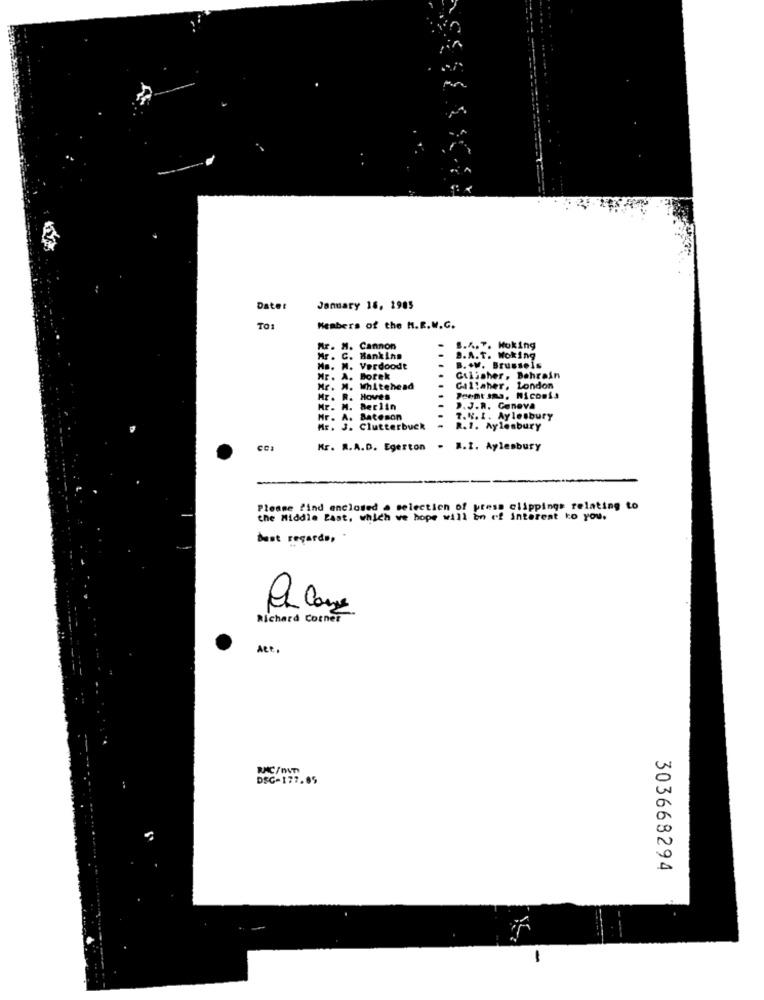
Date:
January 16, 1985
TO
Members of the H.R.W.C.
Ar. M.
Cannon
B.A.7. Moking
Mr. C. Bankinn
9.A.T. Woking
Ms. M. Verdoodt
B. .. Brussels
Mr. A.
Borek
Gilisher, Bahrain
Mr. M. Whitehead
Gallaher, London
Mr. R.
Hove's
Peent an9. Niconis
Mr. M.
Berlin
D.J.R. Geneva
Mr. A. Bateson
7.N. I. Aylesbury
Mr. J. Clutterbuck
R. 1. Aylesbury
Kr. R.A.D. Egerton . M.2. Aylesbury
Please find enclosed a selection of press clippings relating to
the Middle East, which we hope will En of interest ko you.
best regards, *
Richard Corner
RMC/ITY
DSC-177.85
303668294
1